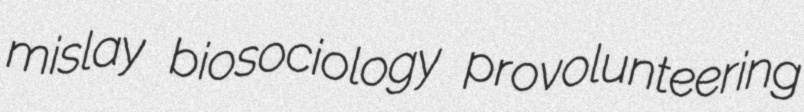
mislay biosociology provolunteering